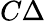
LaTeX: C\Delta